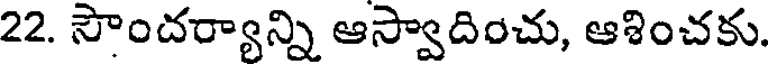
22. సౌందర్యాన్ని ఆస్వాదించు, ఆశించకు.